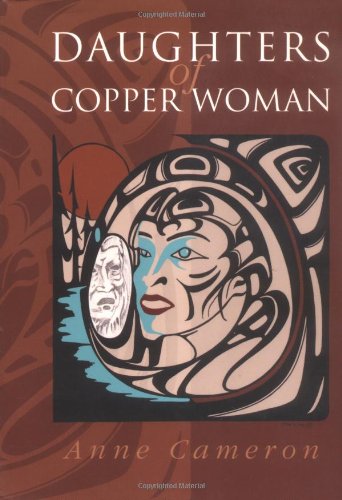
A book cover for Daughters of Copper Woman; Anne Cameron; Literature & Fiction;